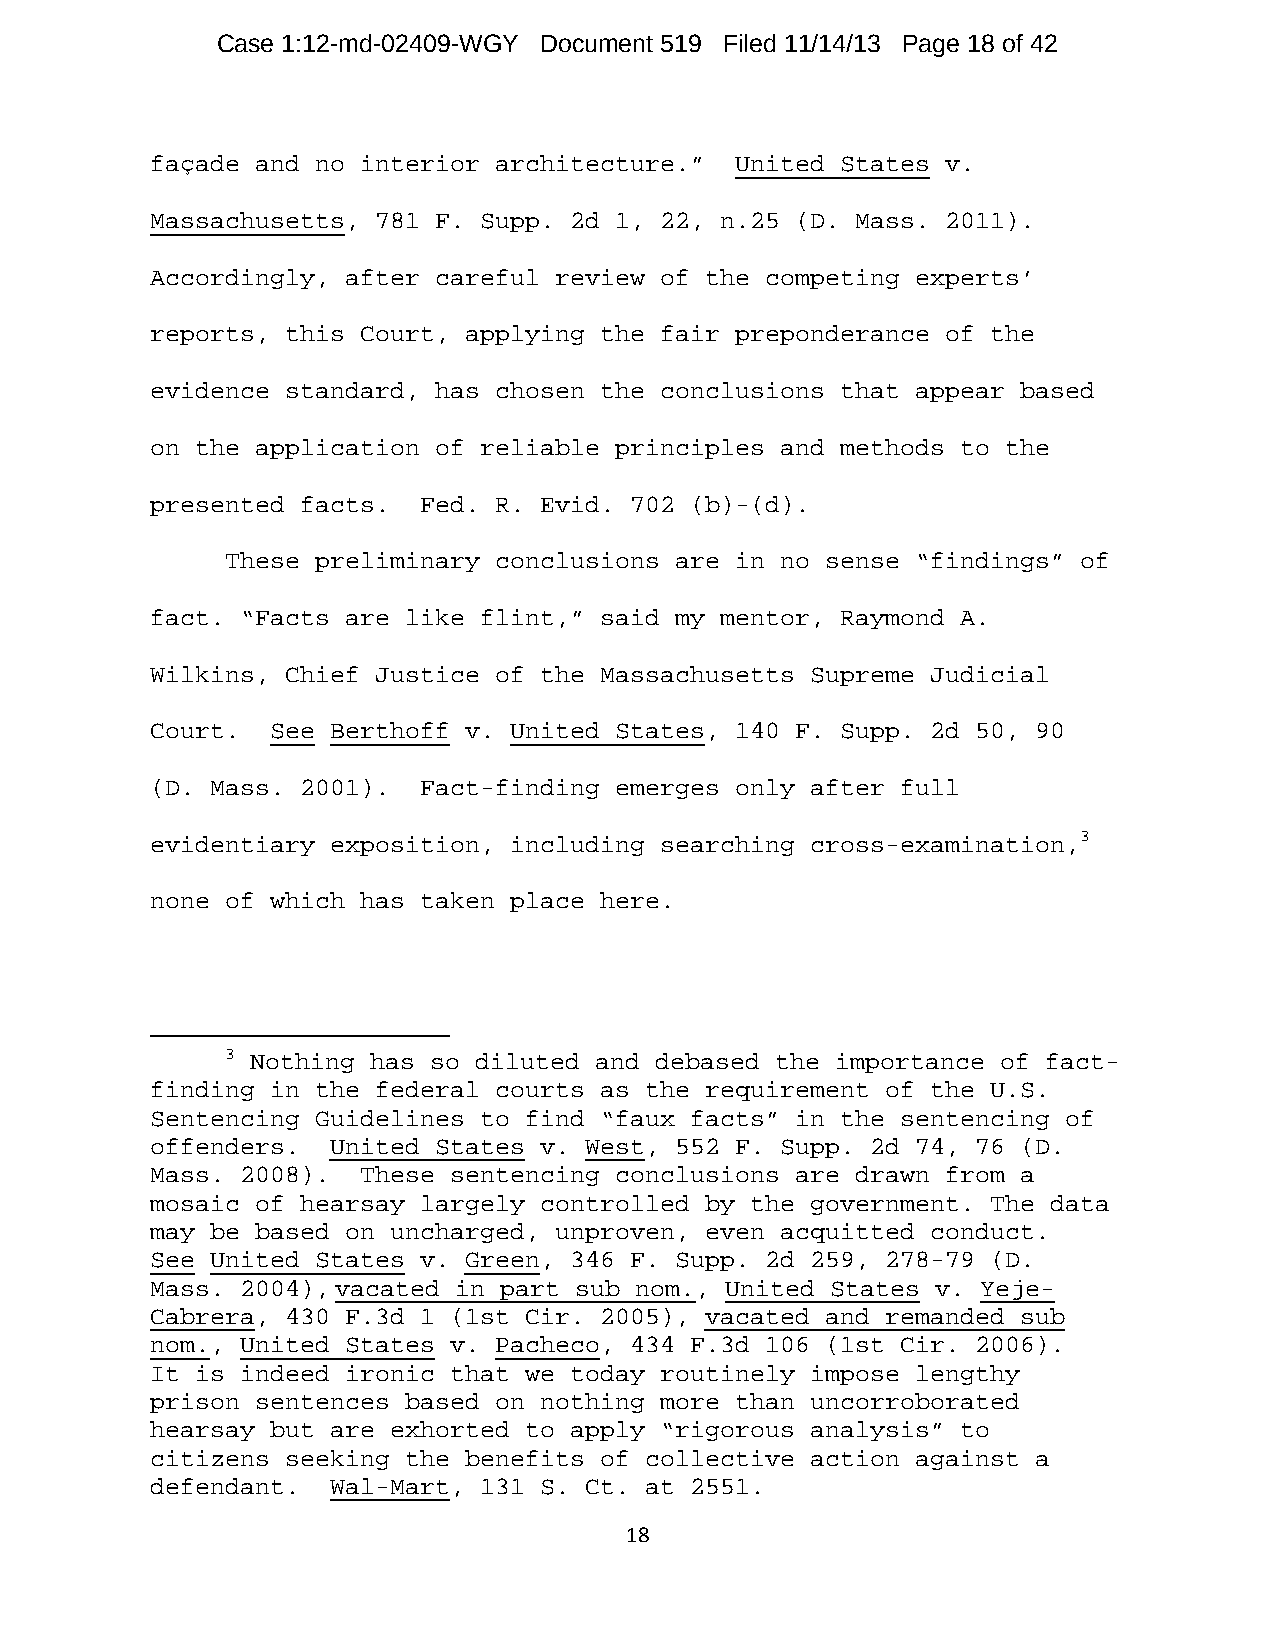
Case 1:12-md-02409-WGY Document 519 Filed 11/14/13 Page 18 of 42
 façade and no interior architecture.”  United States v.
 Massachusetts, 781 F. Supp. 2d 1, 22, n.25 (D. Mass. 2011).
 Accordingly, after careful review of the competing experts’
 reports, this Court, applying the fair preponderance of the
 evidence standard, has chosen the conclusions that appear based
 on the application of reliable principles and methods to the
 presented facts.  Fed. R. Evid. 702 (b)-(d).
 These preliminary conclusions are in no sense “findings” of
 fact. “Facts are like flint,” said my mentor, Raymond A.
 Wilkins, Chief Justice of the Massachusetts Supreme Judicial
 Court.  See Berthoff v. United States, 140 F. Supp. 2d 50, 90
 (D. Mass. 2001).  Fact-finding emerges only after full
 evidentiary exposition, including searching cross-examination,3
 none of which has taken place here.
 3 Nothing has so diluted and debased the importance of fact-
 finding in the federal courts as the requirement of the U.S.
 Sentencing Guidelines to find “faux facts” in the sentencing of
 offenders.  United States v. West, 552 F. Supp. 2d 74, 76 (D.
 Mass. 2008).  These sentencing conclusions are drawn from a
 mosaic of hearsay largely controlled by the government. The data
 may be based on uncharged, unproven, even acquitted conduct.
 See United States v. Green, 346 F. Supp. 2d 259, 278-79 (D.
 Mass. 2004), vacated in part sub nom., United States v. Yeje-
 Cabrera, 430 F.3d 1 (1st Cir. 2005), vacated and remanded sub
 nom., United States v. Pacheco, 434 F.3d 106 (1st Cir. 2006).
 It is indeed ironic that we today routinely impose lengthy
 prison sentences based on nothing more than uncorroborated
 hearsay but are exhorted to apply “rigorous analysis” to
 citizens seeking the benefits of collective action against a
 defendant.  Wal-Mart, 131 S. Ct. at 2551.
 18